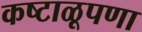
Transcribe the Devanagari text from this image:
कष्टाळूपणा